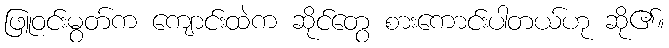
ဖြူဝင်းမွတ်က ကျောင်းထဲက ဆိုင်တွေ စားကောင်းပါတယ်ဟု ဆို၏။